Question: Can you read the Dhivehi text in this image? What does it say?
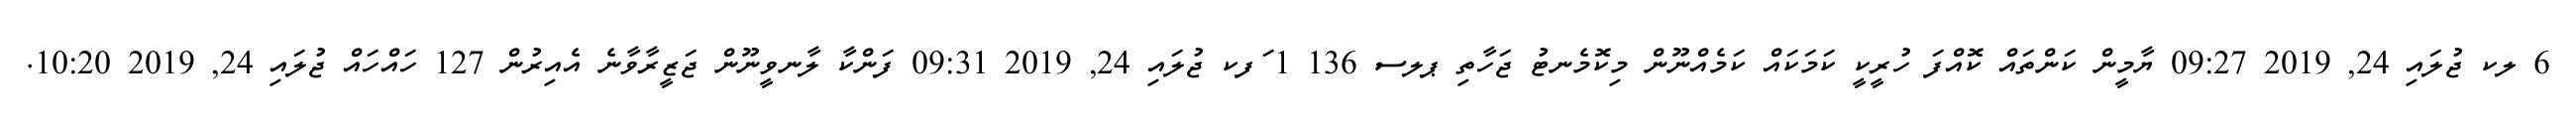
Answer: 6 ލކ ޖުލައި 24, 2019 09:27 ޔާމީން ކަންތައް ކޮއްފަ ހުރީކީ ކަމަކައް ކަމެއްނޫން މިކޮމެނޓު ޖަހާތި ޕލސ 136 1 ަފކ ޖުލައި 24, 2019 09:31 ފަންކާ ލާނވީނޫން ޖަޒީރާވާނެ އެއިރުން 127 ހައްހައް ޖުލައި 24, 2019 10:20.